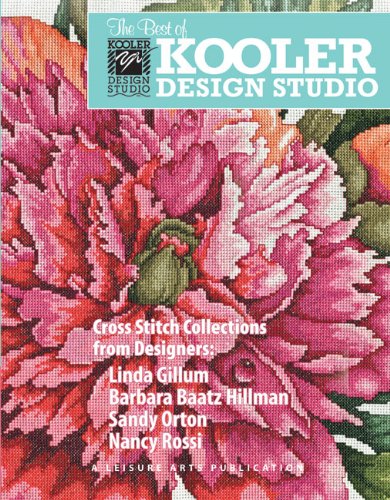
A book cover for The Best of Kooler Design Studio; Linda Gillum; Crafts, Hobbies & Home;